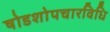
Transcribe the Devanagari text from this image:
षोडशोपचारविधि